Scientific memoirs by medical officers of the Army of India - Part XI,
Year: 1898
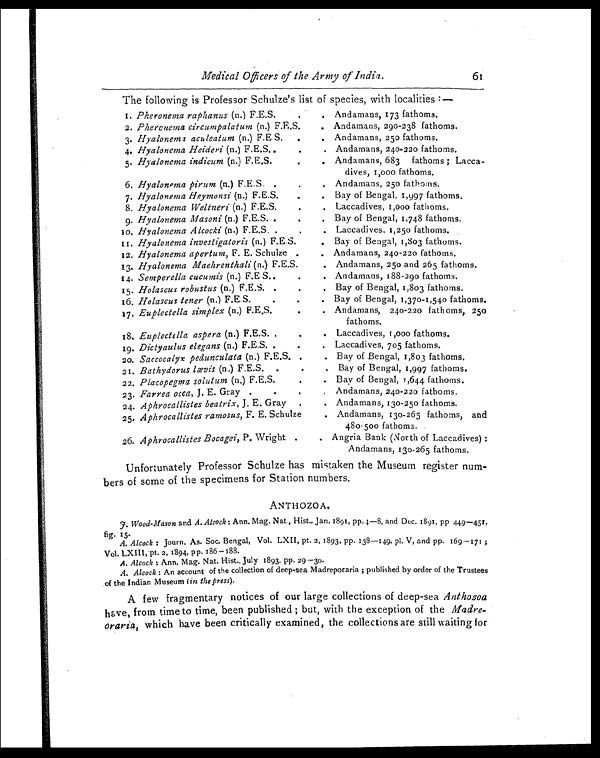
Medical Officers of the Army of India.
61
The following is Professor Schulze's list of species, with localities:—
1. Pheronema raphanus (n.) F.E.S. .
. Andamans, 173 fathoms.
2. Pheronema circumpalatum (n.) F.E.S.
. Andamans, 290-238 fathoms.
3. Hyalonema aculeatum (n.) F.E S.
.
. Andamans, 250 fathoms.
4. Hyalonema Heideri (n.) F.E.S..
.
. Andamans, 240-220 fathoms.
5. Hyalonema indicum (n.) F.E.S. .
. Andamans, 683 fathoms; Lacca-
dives, 1,000 fathoms.
6. Hyalonema pirum (n.) F.E.S. .
.
. Andamans, 250 fathoms.
7. Hyalonema Heymonsi (n.) F.E.S. .
. Bay of Bengal, 1,997 fathoms.
8. Hyalonema Weltneri (n.) F.E.S.
.
. Laccadives, 1,000 fathoms.
9. Hyalonema Masoni (n.) F.E.S. . .
. Bay of Bengal, 1,748 fathoms.
10. Hyalonema Alcocki (n.) F.E.S. .
.
. Laccadives, 1,250 fathoms.
11. Hyalonema investigatoris (n.) F.E.S.
. Bay of Bengal, 1,803 fathoms.
12. Hyalonema apertum, F. E. Schulze .
. Andamans, 240-220 fathoms.
13. Hyalonema Maehrenthali (n.) F.E.S.
. Andamans, 250 and 265 fathoms.
14. Semperella cucumis (n.) F.E S. .
. Andamans, 188-290 fathoms.
15. Holascus robustus (n.) F.E.S. . .
. Bay of Bengal, 1,803 fathoms.
16. Holascus tener (n.) F.E.S.
.
.
. Bay of Bengal, 1,370-1,540 fathoms.
17. Euplectella simplex (n.) F.E.S.
.
. Andamans, 240-220 fathoms, 250
fathoms.
18. Euplectella aspera (n.) F.E.S. . .
. Laccadives, 1,000 fathoms.
. Laccadives, 705 fathoms.
19. Dictyaulus elegans (n.) F.E.S. .
.
. Bay of Bengal, 1,803 fathoms.
20. Saccocalyx pedunculata (n.) F.E.S. .
. Bay of Bengal, 1,997 fathoms.
21. Bathydorus lævis (n.) F.E.S. . .
. Bay of Bengal, 1,644 fathoms.
22. Placopegma solutum (n.) F.E.S. .
23. Farrea occa, J. E. Gray .
. .
. Andamans, 240-220 fathoms.
Aphrocallistes beatrix, J. E. Gray .
. Andamans, 130-250 fathoms.
24.
Aphrocallistes ramosus, F. E. Schulze
. Andamans, 130-265 fathoms, and
480-500 fathoms.
25.
26. Aphrocallistes Bocagei, P. Wright .
. Angria Bank (North of Laccadives):
Andamans, 130-265 fathoms.
Unfortunately Professor Schulze has mistaken the Museum register num-
bers of some of the specimens for Station numbers.
ANTHOZOA
J. Wood-Mason and A. Alcock Ann. Mag. Nat., Hist., Jan, 189 1, pp. 4—8, and Dec. 1891, PP 449—451,
fig. 15.
A. Alcock Journ. As. Soc. Bengal, Vol. LXII, pt. 2, 1893, pp. 138—149, pl. V, and pp. 169—171;
Vol. LXII I, pt. 2, 1894, pp. 186—188.
A. Alcock : Ann. Mag. Nat. Hist., July 1893. pp. 29—30.
A. Alcock : An account of the collection of deep-sea Madreporaria; published by order of the Trustees
of the Indian Museum (in the press).
A few fragmentary notices of our large collections of deep-sea Anthozoa
have, from time to time, been published; but, with the exception of the Madre-
oraria , which have been critically examined, the collections are still waiting for